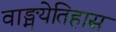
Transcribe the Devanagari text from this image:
वाङ्मयेतिहास